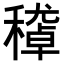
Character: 𥢔